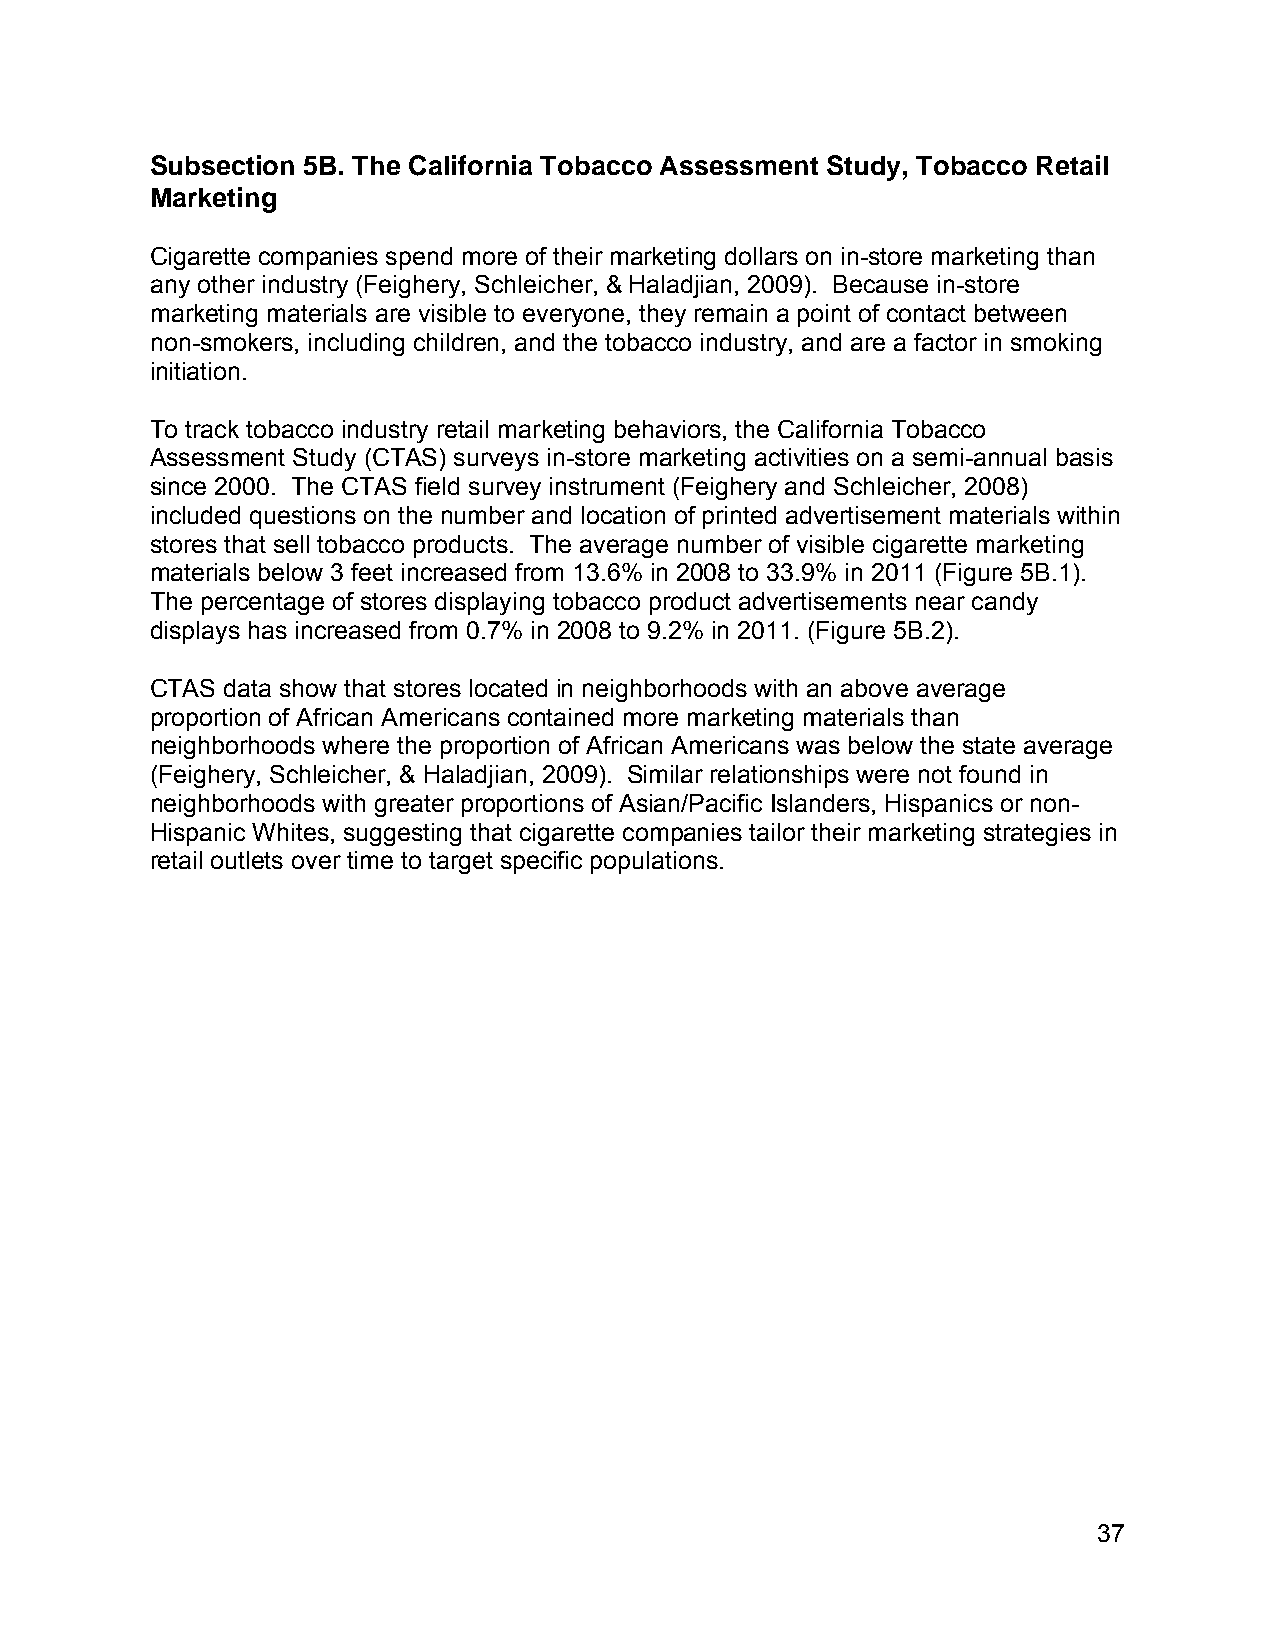
Subsection 5B. The California Tobacco Assessment Study, Tobacco Retail
 Marketing
 Cigarette companies spend more of their marketing dollars on in-store marketing than
 any other industry (Feighery, Schleicher, & Haladjian, 2009). Because in-store
 marketing materials are visible to everyone, they remain a point of contact between
 non-smokers, including children, and the tobacco industry, and are a factor in smoking
 initiation.
 To track tobacco industry retail marketing behaviors, the California Tobacco
 Assessment Study (CTAS) surveys in-store marketing activities on a semi-annual basis
 since 2000. The CTAS field survey instrument (Feighery and Schleicher, 2008)
 included questions on the number and location of printed advertisement materials within
 stores that sell tobacco products. The average number of visible cigarette marketing
 materials below 3 feet increased from 13.6% in 2008 to 33.9% in 2011 (Figure 5B.1).
 The percentage of stores displaying tobacco product advertisements near candy
 displays has increased from 0.7% in 2008 to 9.2% in 2011. (Figure 5B.2).
 CTAS data show that stores located in neighborhoods with an above average
 proportion of African Americans contained more marketing materials than
 neighborhoods where the proportion of African Americans was below the state average
 (Feighery, Schleicher, & Haladjian, 2009). Similar relationships were not found in
 neighborhoods with greater proportions of Asian/Pacific Islanders, Hispanics or non-
 Hispanic Whites, suggesting that cigarette companies tailor their marketing strategies in
 retail outlets over time to target specific populations.
 37